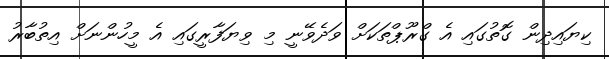
ކިޔައިދިން ގޮތުގައި އެ ގްރޫޕްތަކަށް ވަދެވޭނީ މި ވިޔަފާރީގައި އެ މީހުންނަށް އިތުބާރު